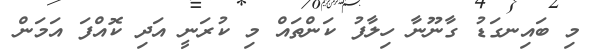
މި ބައިނގަޑު ގާނޫނާ ހިލާފު ކަންތައް މި ކުރަނީ އަދި ކޮއްފަ އަމަން